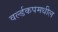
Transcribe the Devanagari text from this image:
वर्ल्डकपमधील